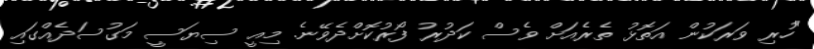
"ހުރި ވަރަކުން އަތޮޅު ތެރެއަށް ވެސް ކަދުރު ފޯރުކޮށްދެވޭނެ. މިއީ ސިޔަސީ މަގުސަދެއްގައި